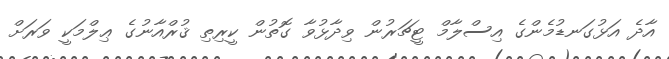
އާދެ އަޅުގަނޑުމެންގެ އިސްލާމް ޓީޗަރުން ވިދާޅުވާ ގޮތުން ކީރިތި ޤުރްއާނުގެ ޢިލްމަކީ ވަރަށް